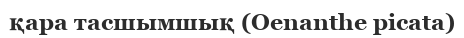
қара тасшымшық (Oenanthe picata)